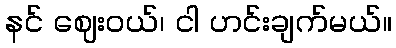
နင် ဈေးဝယ်၊ ငါ ဟင်းချက်မယ်။